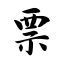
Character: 票